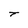
Character: t